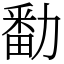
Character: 勫